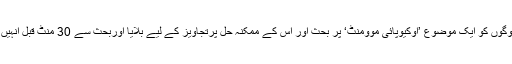
ان میں سے آدھے لوگوں کو ایک موضوع ’اوکیوپائی موومنٹ‘ پر بحث اور اس کے ممکنہ حل پرتجاویز کے لیے بلایا اوربحث سے 30 منٹ قبل انہیں کافی پیش کی گئی۔